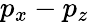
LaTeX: p_{x}-p_{z}